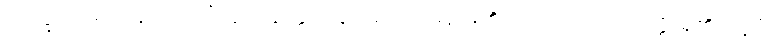
ဘိက္ခဝေ၊ ရဟန်းတို့။ ယံဣဒံဣတ္ထိသဒ္ဒံ၊ အကြင်မိန်းမ၏အသံ သည်။ အတ္ထိ၊ ရှိ၏။ ဣဒံ၊